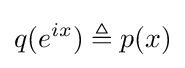
q(e^{ix})\triangleq p(x)